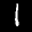
Label: 1